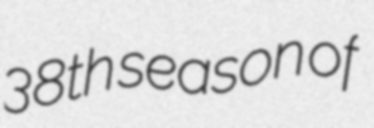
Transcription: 38th season of